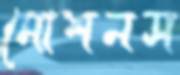
মোশনস